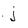
Character: j